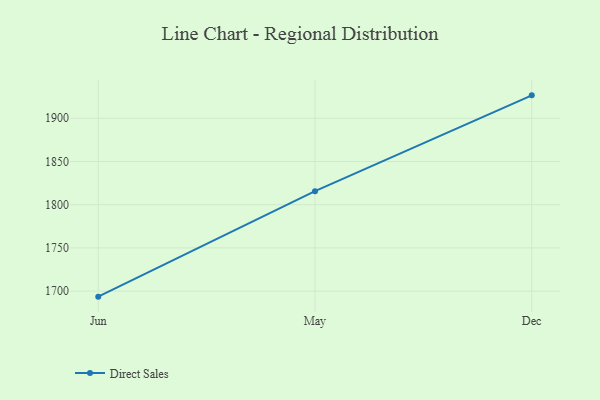
{"axis": {"x": "Month", "y": "Website Visitors"}, "legend": ["Direct Sales"], "data": [{"x": "Jun", "y": 1693.6, "type": "Direct Sales"}, {"x": "May", "y": 1815.6, "type": "Direct Sales"}, {"x": "Dec", "y": 1926.5, "type": "Direct Sales"}]}